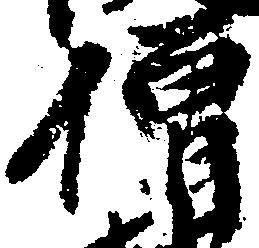
僧